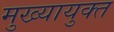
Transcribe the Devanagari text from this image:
मुख्यायुक्त